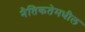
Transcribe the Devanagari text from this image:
नैतिकतेमधील